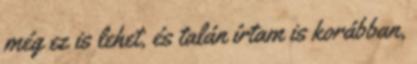
még ez is lehet, és talán írtam is korábban,